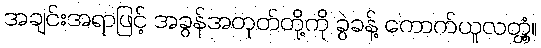
အချင်းအရာဖြင့် အခွန်အတုတ်တို့ကို ခွဲခန့် ကောက်ယူလတ္တံ့။